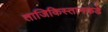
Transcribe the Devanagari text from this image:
ताजिकिस्तानकडे